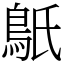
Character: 䲬